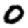
Digit: 0